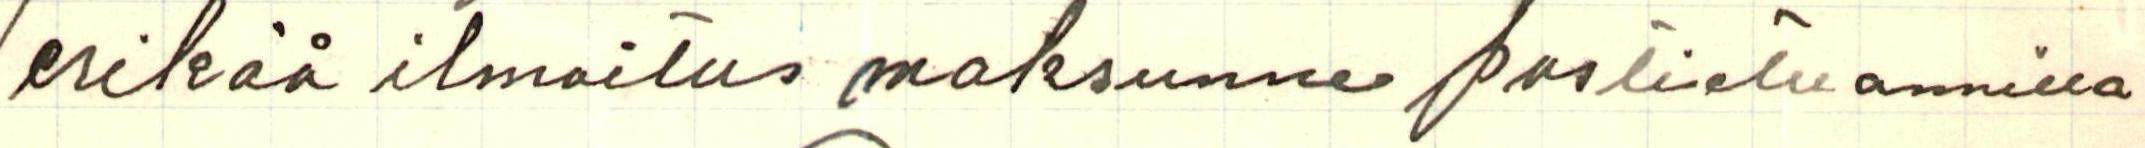
erikää ilmoitus maksunne postietuannilla